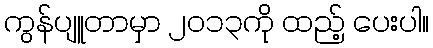
ကွန်ပျူတာမှာ ၂၀၁၃ကို ထည့် ပေးပါ။